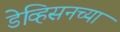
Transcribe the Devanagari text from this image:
डेव्हिसनच्या